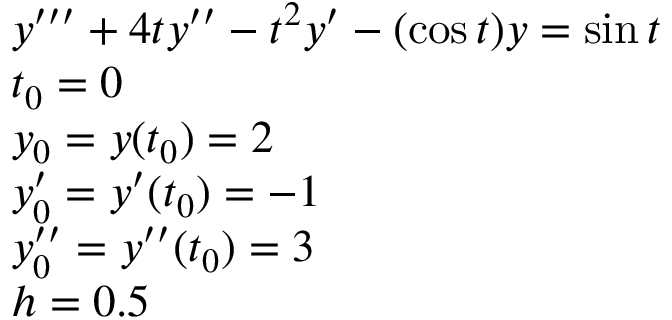
{ \begin{array} { r l } & { y ^ { \prime \prime \prime } + 4 t y ^ { \prime \prime } - t ^ { 2 } y ^ { \prime } - ( \cos { t } ) y = \sin { t } } \\ & { t _ { 0 } = 0 } \\ & { y _ { 0 } = y ( t _ { 0 } ) = 2 } \\ & { y _ { 0 } ^ { \prime } = y ^ { \prime } ( t _ { 0 } ) = - 1 } \\ & { y _ { 0 } ^ { \prime \prime } = y ^ { \prime \prime } ( t _ { 0 } ) = 3 } \\ & { h = 0 . 5 } \end{array} }